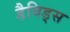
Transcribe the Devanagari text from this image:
डैविड्स